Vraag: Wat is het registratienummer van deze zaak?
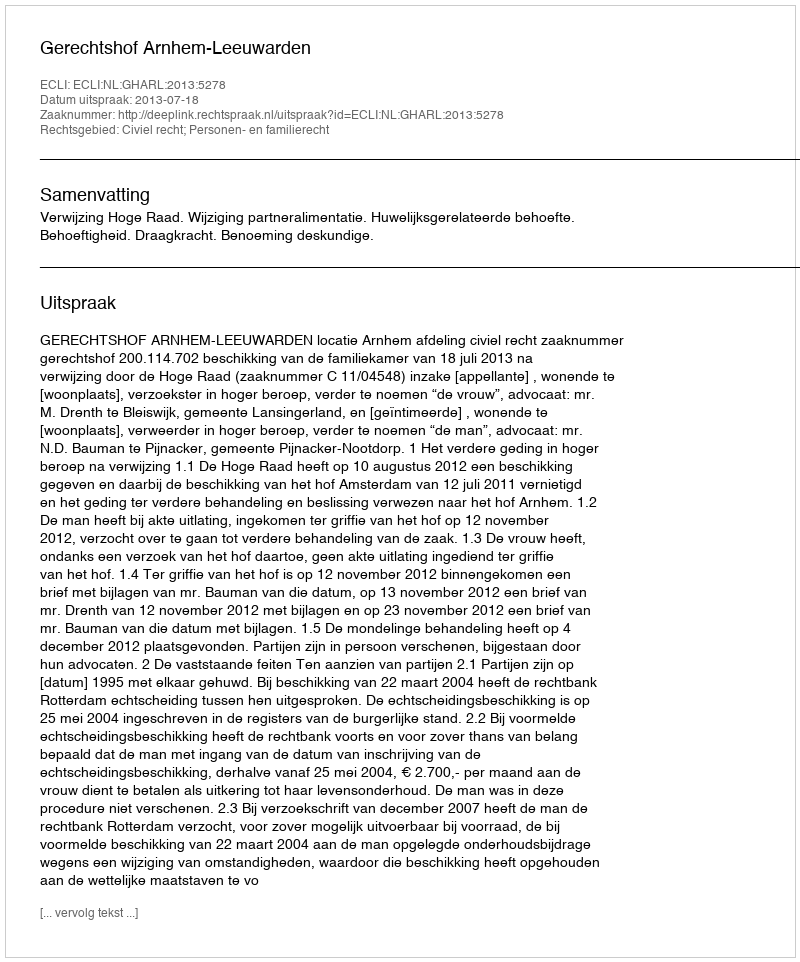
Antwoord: http://deeplink.rechtspraak.nl/uitspraak?id=ECLI:NL:GHARL:2013:5278